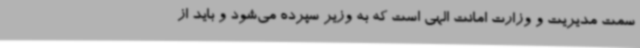
سمت مدیریت و وزارت امانت الهی است که به وزیر سپرده می‌شود و باید از